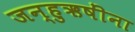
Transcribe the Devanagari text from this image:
जन्हुऋषींना